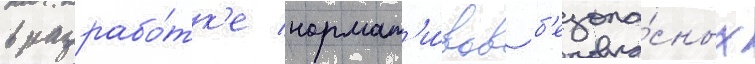
в разрабо́тк'е нормат'и́вов б'езопа́сных